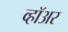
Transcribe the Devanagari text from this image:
व्हॉअर